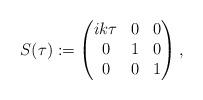
LaTeX: \begin{align*}S(\tau):= \begin{pmatrix}ik\tau & 0 & 0\\0 & 1 & 0\\0 & 0 & 1\end{pmatrix},\end{align*}